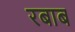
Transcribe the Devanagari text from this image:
रबाब